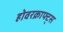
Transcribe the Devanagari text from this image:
होवरक्राफ्ट्स